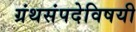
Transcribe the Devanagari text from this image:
ग्रंथसंपदेविषयी